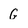
Character: G